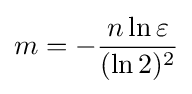
m=-{\frac {n\ln \varepsilon }{(\ln 2)^{2}}}